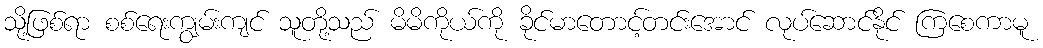
သို့ဖြစ်ရာ စစ်ရေးကျွမ်းကျင် သူတို့သည် မိမိကိုယ်ကို ခိုင်မာတောင့်တင်းအောင် လုပ်ဆောင်နိုင် ကြစေကာမူ